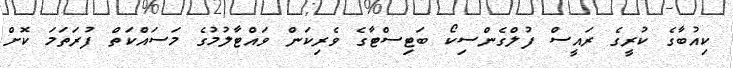
ކިއުބާގެ ކުރީގެ ރައީސް ފުލްގެންސިކޯ ބަޓިސްޓާގެ ވެރިކަން ވައްޓާލުމުގެ މަސައްކަތް ފުރަތަމަ ކޮށް